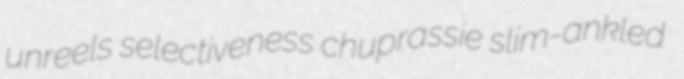
unreels selectiveness chuprassie slim-ankled